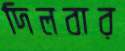
দিলবার